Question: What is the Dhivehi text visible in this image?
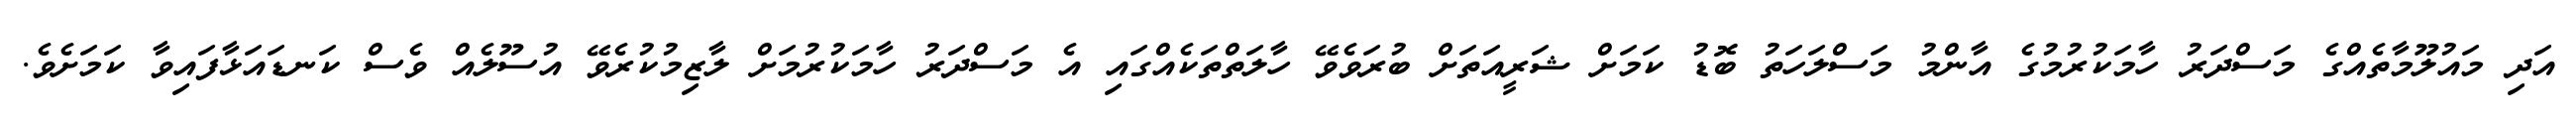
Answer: އަދި މައުލޫމާތެއްގެ މަސްދަރު ހާމަކުރުމުގެ އާންމު މަސްލަހަތު ބޮޑު ކަމަށް ޝަރީއަތަށް ބުރަވެވޭ ހާލަތްތަކެއްގައި އެ މަސްދަރު ހާމަކުރުމަށް ލާޒިމުކުރެވޭ އުސޫލެއް ވެސް ކަނޑައަޅާފައިވާ ކަމަށެވެ.